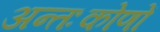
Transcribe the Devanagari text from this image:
अन्तःकोणों